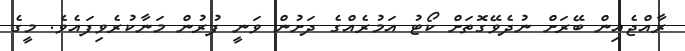
ރާއްޖެއިން ބޭރަށް ނުދެވޭގޮތަށް ކޯޓު އަމުރެއްގެ ދަށުން ވަނީ ފުރުން މަނާކުރެވިފައެވެ. މީގެ